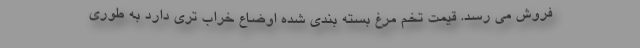
فروش می رسد. قیمت تخم مرغ بسته بندی شده اوضاع خراب تری دارد به طوری